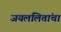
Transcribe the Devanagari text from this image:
जयललितांचा